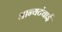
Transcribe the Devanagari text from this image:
धान्यटंचाई